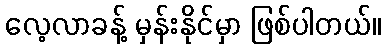
လေ့လာခန့် မှန်းနိုင်မှာ ဖြစ်ပါတယ်။